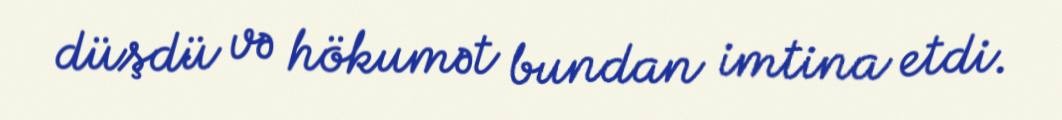
düşdü və hökumət bundan imtina etdi.